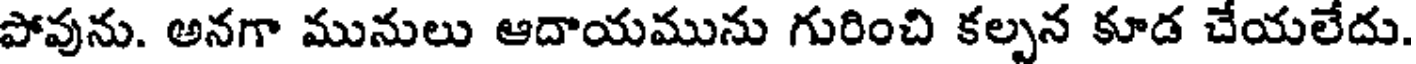
పోవును. అనగా మునులు ఆదాయమును గురించి కల్పన కూడ చేయలేదు